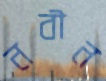
নবীন